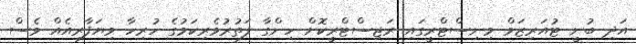
އަދި ބުނީ ޓުއަރިޒަމް މިނިސްޓްރީގައި ރަޖިސްޓްރީކޮށް ހިންގާ ފަތުރުވެރިކަމުގެ ހުރިހާ ވިޔަފާރިއެއް ވެސް